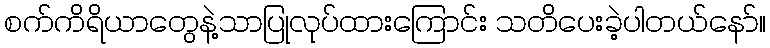
စက်ကိရိယာတွေနဲ့သာပြုလုပ်ထားကြောင်း သတိပေးခဲ့ပါတယ်နော်။